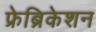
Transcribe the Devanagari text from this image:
फ्रेब्रिकेशन